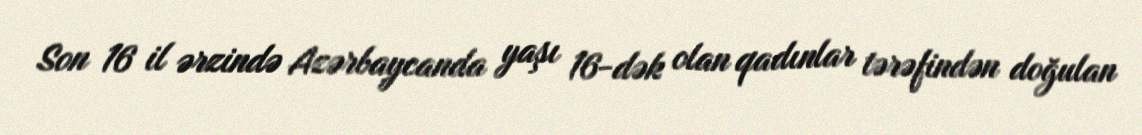
Son 16 il ərzində Azərbaycanda yaşı 16-dək olan qadınlar tərəfindən doğulan